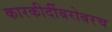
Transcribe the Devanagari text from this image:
कारकीर्दीबरोबरच